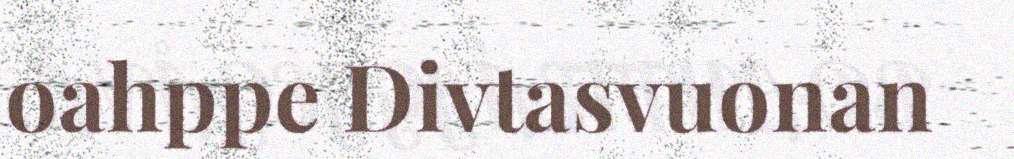
oahppe Divtasvuonan